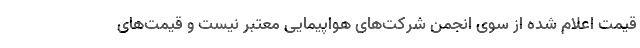
قیمت اعلام شده از سوی انجمن شرکت‌های هواپیمایی معتبر نیست و قیمت‌های